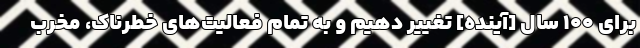
برای ۱۰۰ سال [آینده] تغییر دهیم و به تمام فعالیت‌های خطرناک، مخرب